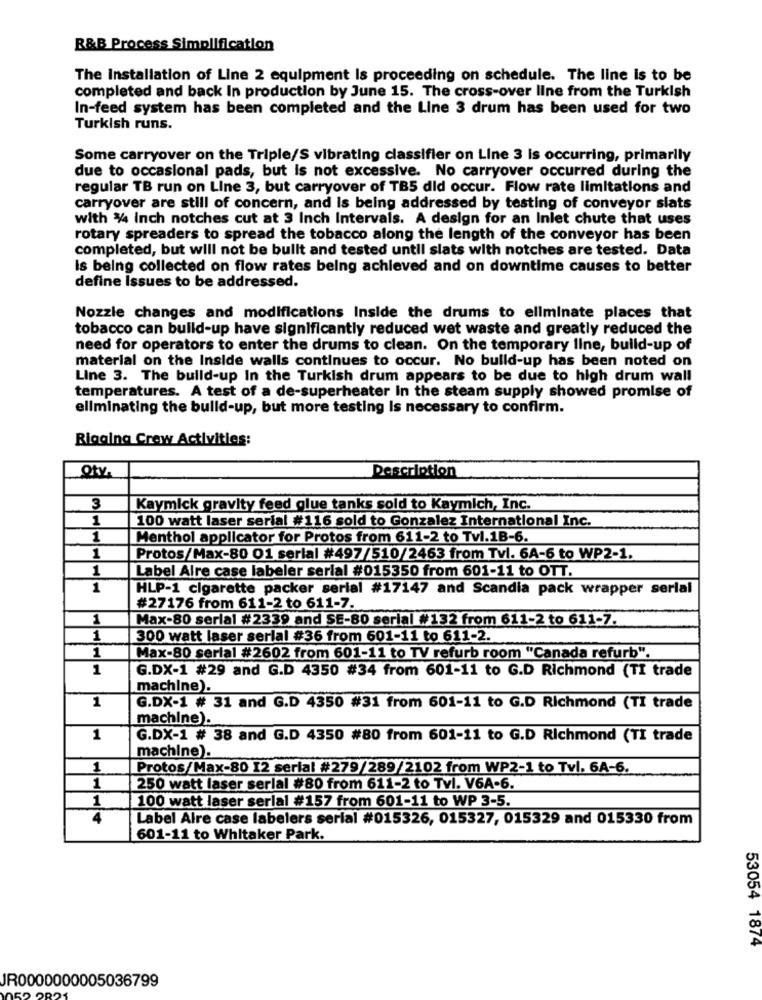
B&B Process Simplification
The Installation of Line 2 equipment Is proceeding on schedule. The line Is to be
completed and back In production by June 15. The cross-over line from the Turkish
In-feed system has been completed and the Line 3 drum has been used for two
Turkish runs.
Some carryover on the Triple/S vibrating classifier on Line 3 is occurring, primarily
due to occasional pads, but is not excessive. No carryover occurred during the
regular TB run on Line 3, but carryover of TB5 did occur. Flow rate limitations and
carryover are still of concern, and is being addressed by testing of conveyor slats
with %4 inch notches cut at 3 Inch Intervals. A design for an Inlet chute that uses
rotary spreaders to spread the tobacco along the length of the conveyor has been
completed, but will not be built and tested until slats with notches are tested. Data
is being collected on flow rates being achieved and on downtime causes to better
define Issues to be addressed.
Nozzle changes and modifications Inside the drums to eliminate places that
tobacco can build-up have significantly reduced wet waste and greatly reduced the
need for operators to enter the drums to clean. On the temporary line, build-up of
material on the Inside walls continues to occur. No build-up has been noted on
Line 3. The build-up In the Turkish drum appears to be due to high drum wall
temperatures. A test of a de-superheater In the steam supply showed promise of
eliminating the build-up, but more testing Is necessary to confirm.
Rigging Crew Activities:
Oty.
Description
3
Kaymick gravity feed glue tanks sold to Kaymich, Inc.
1
100 watt laser serial #116 sold to Gonzalez International Inc.
1
Menthol applicator for Protos from 611-2 to Tvl.1B-6.
1
Protos/Max-80 01 serial #497/510/2463 from Tvl. 6A-6 to WP2-1.
1
Label Alre case labeler serial #015350 from 601-11 to OTT.
1
HLP-1 cigarette packer serial #17147 and Scandia pack wrapper serial
#27176 from 611-2 to 611-7.
1
Max-80 serial #2339 and SE-80 serial #132 from 611-2 to 611-7.
1
300 watt laser serial #36 from 601-11 to 611-2.
1
Max-80 serial #2602 from 601-11 to TV refurb room "Canada refurb".
1
G.DX-1 #29 and G.D 4350 #34 from 601-11 to G.D Richmond (TI trade
machine).
1
G.DX-1 # 31 and G.D 4350 #31 from 601-11 to G.D Richmond (TI trade
machine).
1
G.DX-1 # 38 and G.D 4350 #80 from 601-11 to G.D Richmond (TI trade
machine).
1
Protos/Max-80 12 serial #279/289/2102 from WP2-1 to Tvl. 6A-6.
1
250 watt laser serial #80 from 611-2 to Tvl. V6A-6.
1
100 watt laser serial #157 from 601-11 to WP 3-5.
4
Label Alre case labelers serial #015326, 015327, 015329 and 015330 from
601-11 to Whitaker Park.
53054 1874
JR0000000005036799